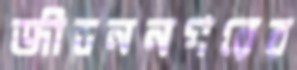
জীবননগরের